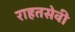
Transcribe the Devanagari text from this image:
राहतसेवी